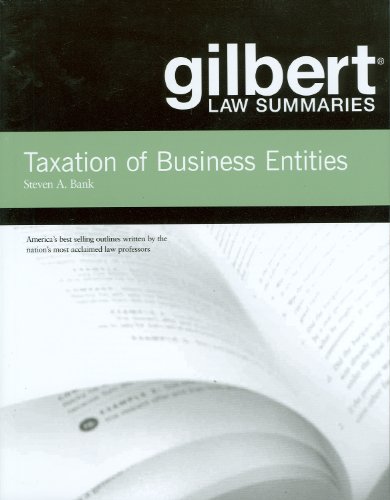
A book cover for Gilbert Law Summaries on Taxation of Business Entities; Steven Bank; Law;